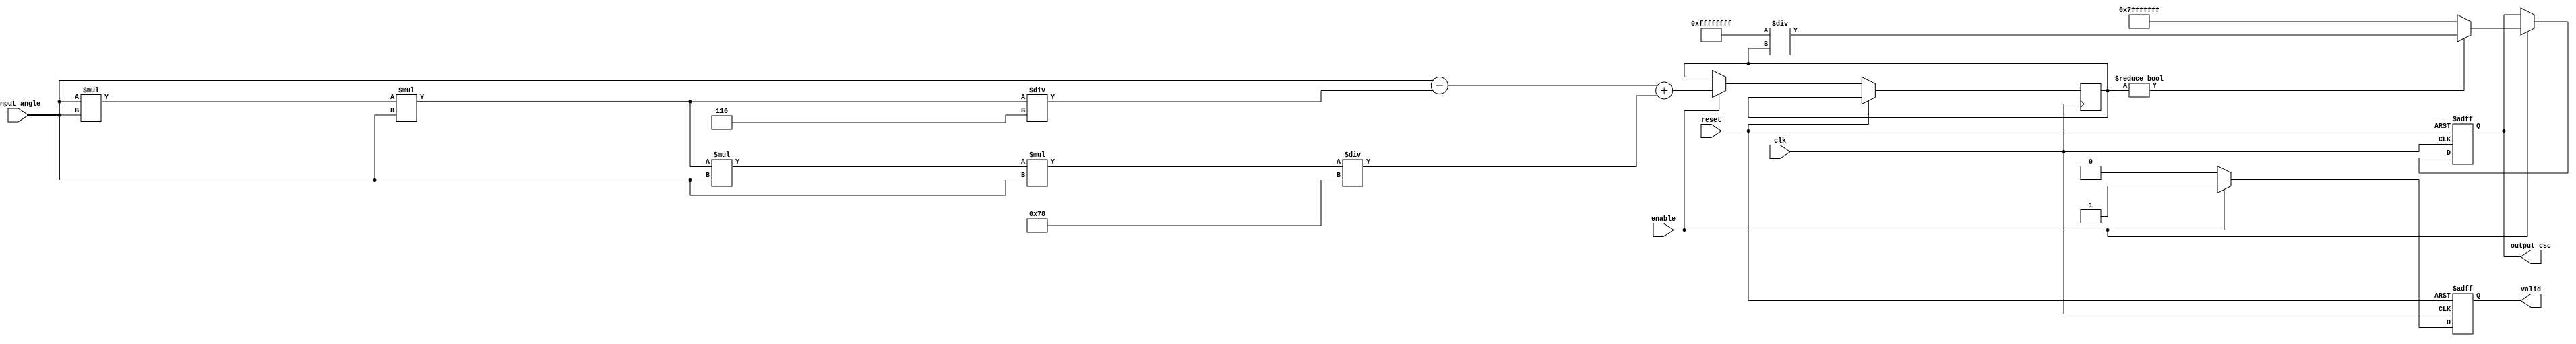
module csc_arithmetic_block (
    input wire clk,
    input wire reset,
    input wire enable,
    input wire [15:0] input_angle, // Fixed-point representation of angle in radians
    output reg [31:0] output_csc,   // Output cosecant value
    output reg valid                 // Output valid signal
);

    // Internal signals
    reg [31:0] sine_value;
    reg sine_valid;

    // Sine approximation (simple Taylor series for small angles)
    function [31:0] sine_approx(input [15:0] angle);
        begin
            // Simple approximation: sin(x)  x - x^3/6 + x^5/120
            // Note: This is a very rough approximation and should be replaced
            // with a more accurate method for production use.
            sine_approx = angle - (angle * angle * angle) / 6 + (angle * angle * angle * angle * angle) / 120;
        end
    endfunction

    // State machine for computation
    always @(posedge clk or posedge reset) begin
        if (reset) begin
            output_csc <= 32'b0;
            valid <= 1'b0;
            sine_valid <= 1'b0;
        end else if (enable) begin
            // Compute sine value
            sine_value <= sine_approx(input_angle);
            sine_valid <= 1'b1;

            // Check if sine value is zero
            if (sine_value != 32'b0) begin
                output_csc <= (32'hFFFFFFFF / sine_value); // Compute reciprocal
            end else begin
                output_csc <= 32'h7FFFFFFF; // Output a predefined value for infinity
            end

            valid <= 1'b1; // Indicate that output is valid
        end else begin
            valid <= 1'b0; // Reset valid signal if not enabled
        end
    end

endmodule